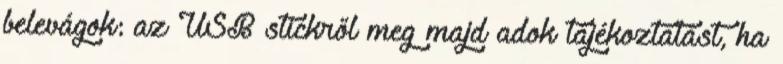
belevágok: az USB stickről meg majd adok tájékoztatást, ha